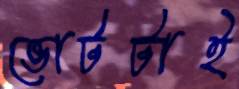
ভোটটাই